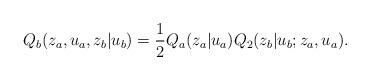
LaTeX: \begin{align*} Q_b(z_a,u_a,z_b|u_b) = \frac{1}{2}Q_a(z_a|u_a)Q_2(z_b|u_b;z_a,u_a).\end{align*}